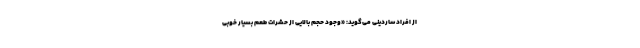
از افراد ساردینی می‌گوید: «وجود حجم بالایی از حشرات طعم بسیار خوبی